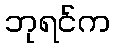
ဘုရင်က